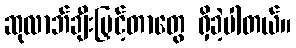
ဆုလာဘ်ချီးမြှင့်တာတွေ ရှိခဲ့ပါတယ်။